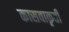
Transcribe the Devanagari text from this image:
कासवाकृती